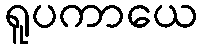
ရူပကာယေ